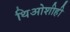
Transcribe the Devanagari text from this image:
थिओशीही